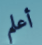
أعلم